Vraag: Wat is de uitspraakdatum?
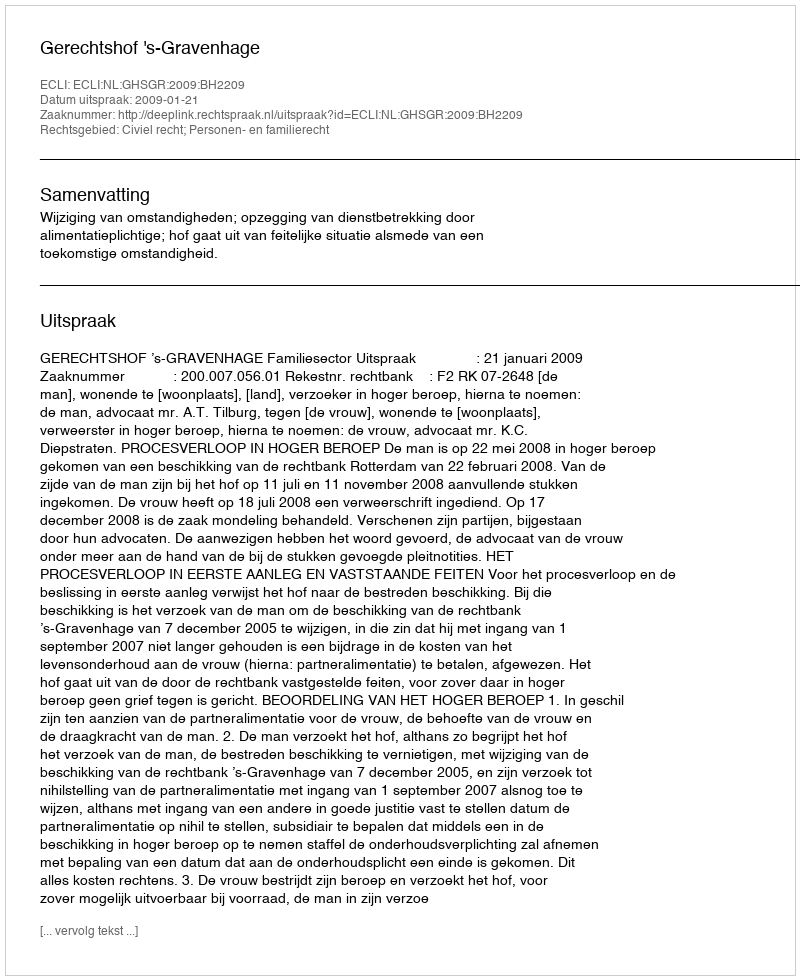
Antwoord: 2009-01-21